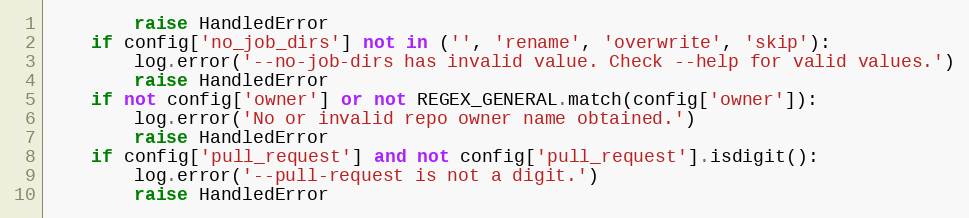
Language: Python
        raise HandledError
    if config['no_job_dirs'] not in ('', 'rename', 'overwrite', 'skip'):
        log.error('--no-job-dirs has invalid value. Check --help for valid values.')
        raise HandledError
    if not config['owner'] or not REGEX_GENERAL.match(config['owner']):
        log.error('No or invalid repo owner name obtained.')
        raise HandledError
    if config['pull_request'] and not config['pull_request'].isdigit():
        log.error('--pull-request is not a digit.')
        raise HandledError